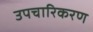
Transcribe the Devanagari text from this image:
उपचारिकरण